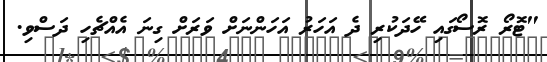
"ޓޮރޯ ރޮސޯގައި ހޭދަކުރި ދެ އަހަރު އަހަންނަށް ވަރަށް ގިނަ އެއްޗެހި ދަސްވި.